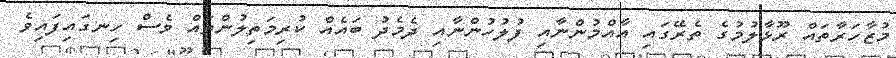
މުޒާހަރާތައް ރޫޅާލުމުގެ ތެރޭގައި އާއްމުންނާއި ފުލުހުންނާއި ދެމެދު ބައެއް ކުރިމަތިލުންތައް ވެސް ހިނގައިފައިވެ